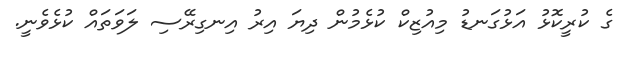
ގެ ކުރީކޮޅު އަޅުގަނޑު މިއުޒިކް ކުޅެމުން ދިޔަ އިރު އިނގިރޭސި ލަވަތައް ކުޅެވެނީ.